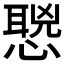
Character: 𰒌